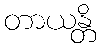
တာယန္တိ